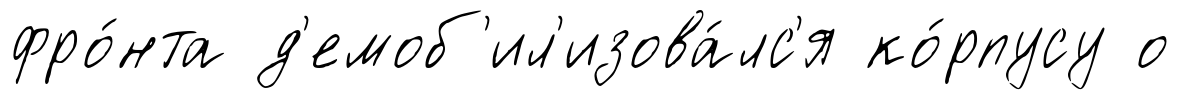
фро́нта д'емоб'ил'изова́лс'я ко́рпусу о